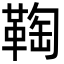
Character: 𩋃